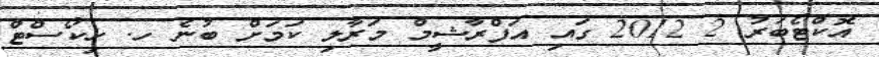
އޮކްޓޯބަރު 2 2012 ގައި އަފްރާޝީމް މަރާލި ކަމަށް ބުނެ ހ. ހިކޯސްޓް